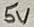
Text: 5V